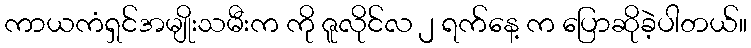
ကာယကံရှင်အမျိုးသမီးက ကို ဇူလိုင်လ ၂ ရက်နေ့ က ပြောဆိုခဲ့ပါတယ်။